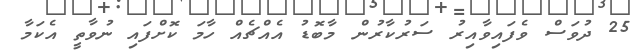
25 ދުވަސް ވެފައިވާއިރު ސަރުކާރުން މާބޮޑު އެއްޗެއް ހާމަ ކޮށްފައި ނުވާތީ އެކަމާ